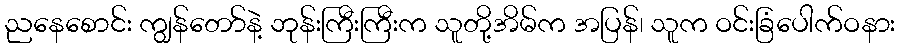
ညနေစောင်း ကျွန်တော်နဲ့ ဘုန်းကြီးကြီးက သူတို့အိမ်က အပြန်၊ သူက ဝင်းခြံပေါက်ဝနား